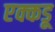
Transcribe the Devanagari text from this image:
एक्कडू